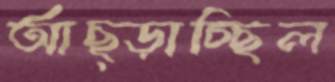
আছ্‌ড়াচ্ছিল